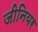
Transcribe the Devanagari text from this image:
जीनियर